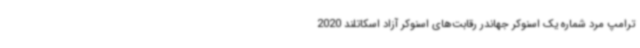
ترامپ مرد شماره یک اسنوکر جهاندر رقابت‌های اسنوکر آزاد اسکاتلند 2020